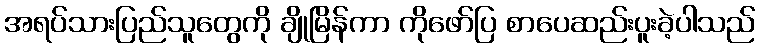
အရပ်သားပြည်သူတွေကို ချိုမြိန်ကာ ကိုဖော်ပြ စာပေဆည်းပူးခဲ့ပါသည်